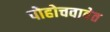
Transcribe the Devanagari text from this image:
पोहोचवावेत